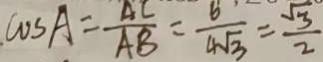
\cos A = \frac { A C } { A B } = \frac { 6 } { 4 \sqrt { 3 } } = \frac { \sqrt { 3 } } { 2 }